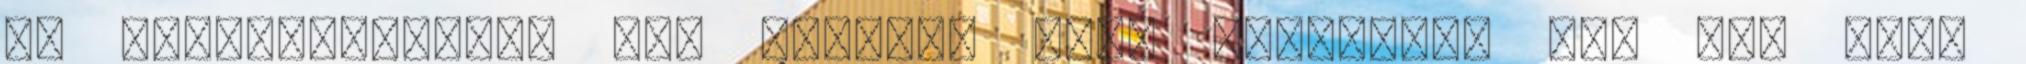
az elkövetkezőben sem biztos, hogy odatalál, így tán több